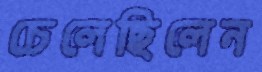
চেলেছিলেন